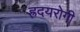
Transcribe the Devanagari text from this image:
ह्रदयरोगी